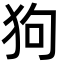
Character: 狗